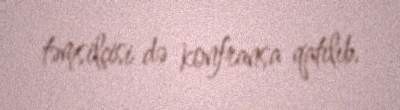
təmsilçisi də konfransa qatılıb.